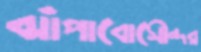
ঝাঁপাবোসৌন্দর